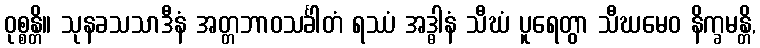
ဝုစ္စန္တိ။ သုနခသသာဒီနံ အတ္တဘာဝသင်္ခါတံ ရဿံ အဒ္ဓါနံ သီဃံ ပူရေတွာ သီဃမေဝ နိက္ခမန္တိ,